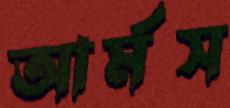
আর্মস